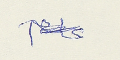
عام